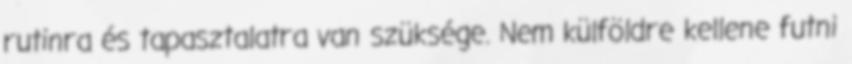
rutinra és tapasztalatra van szüksége. Nem külföldre kellene futni